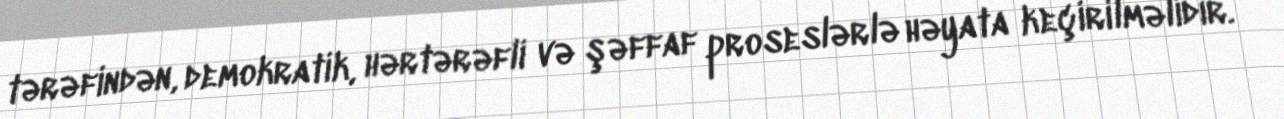
tərəfindən, demokratik, hərtərəfli və şəffaf proseslərlə həyata keçirilməlidir.